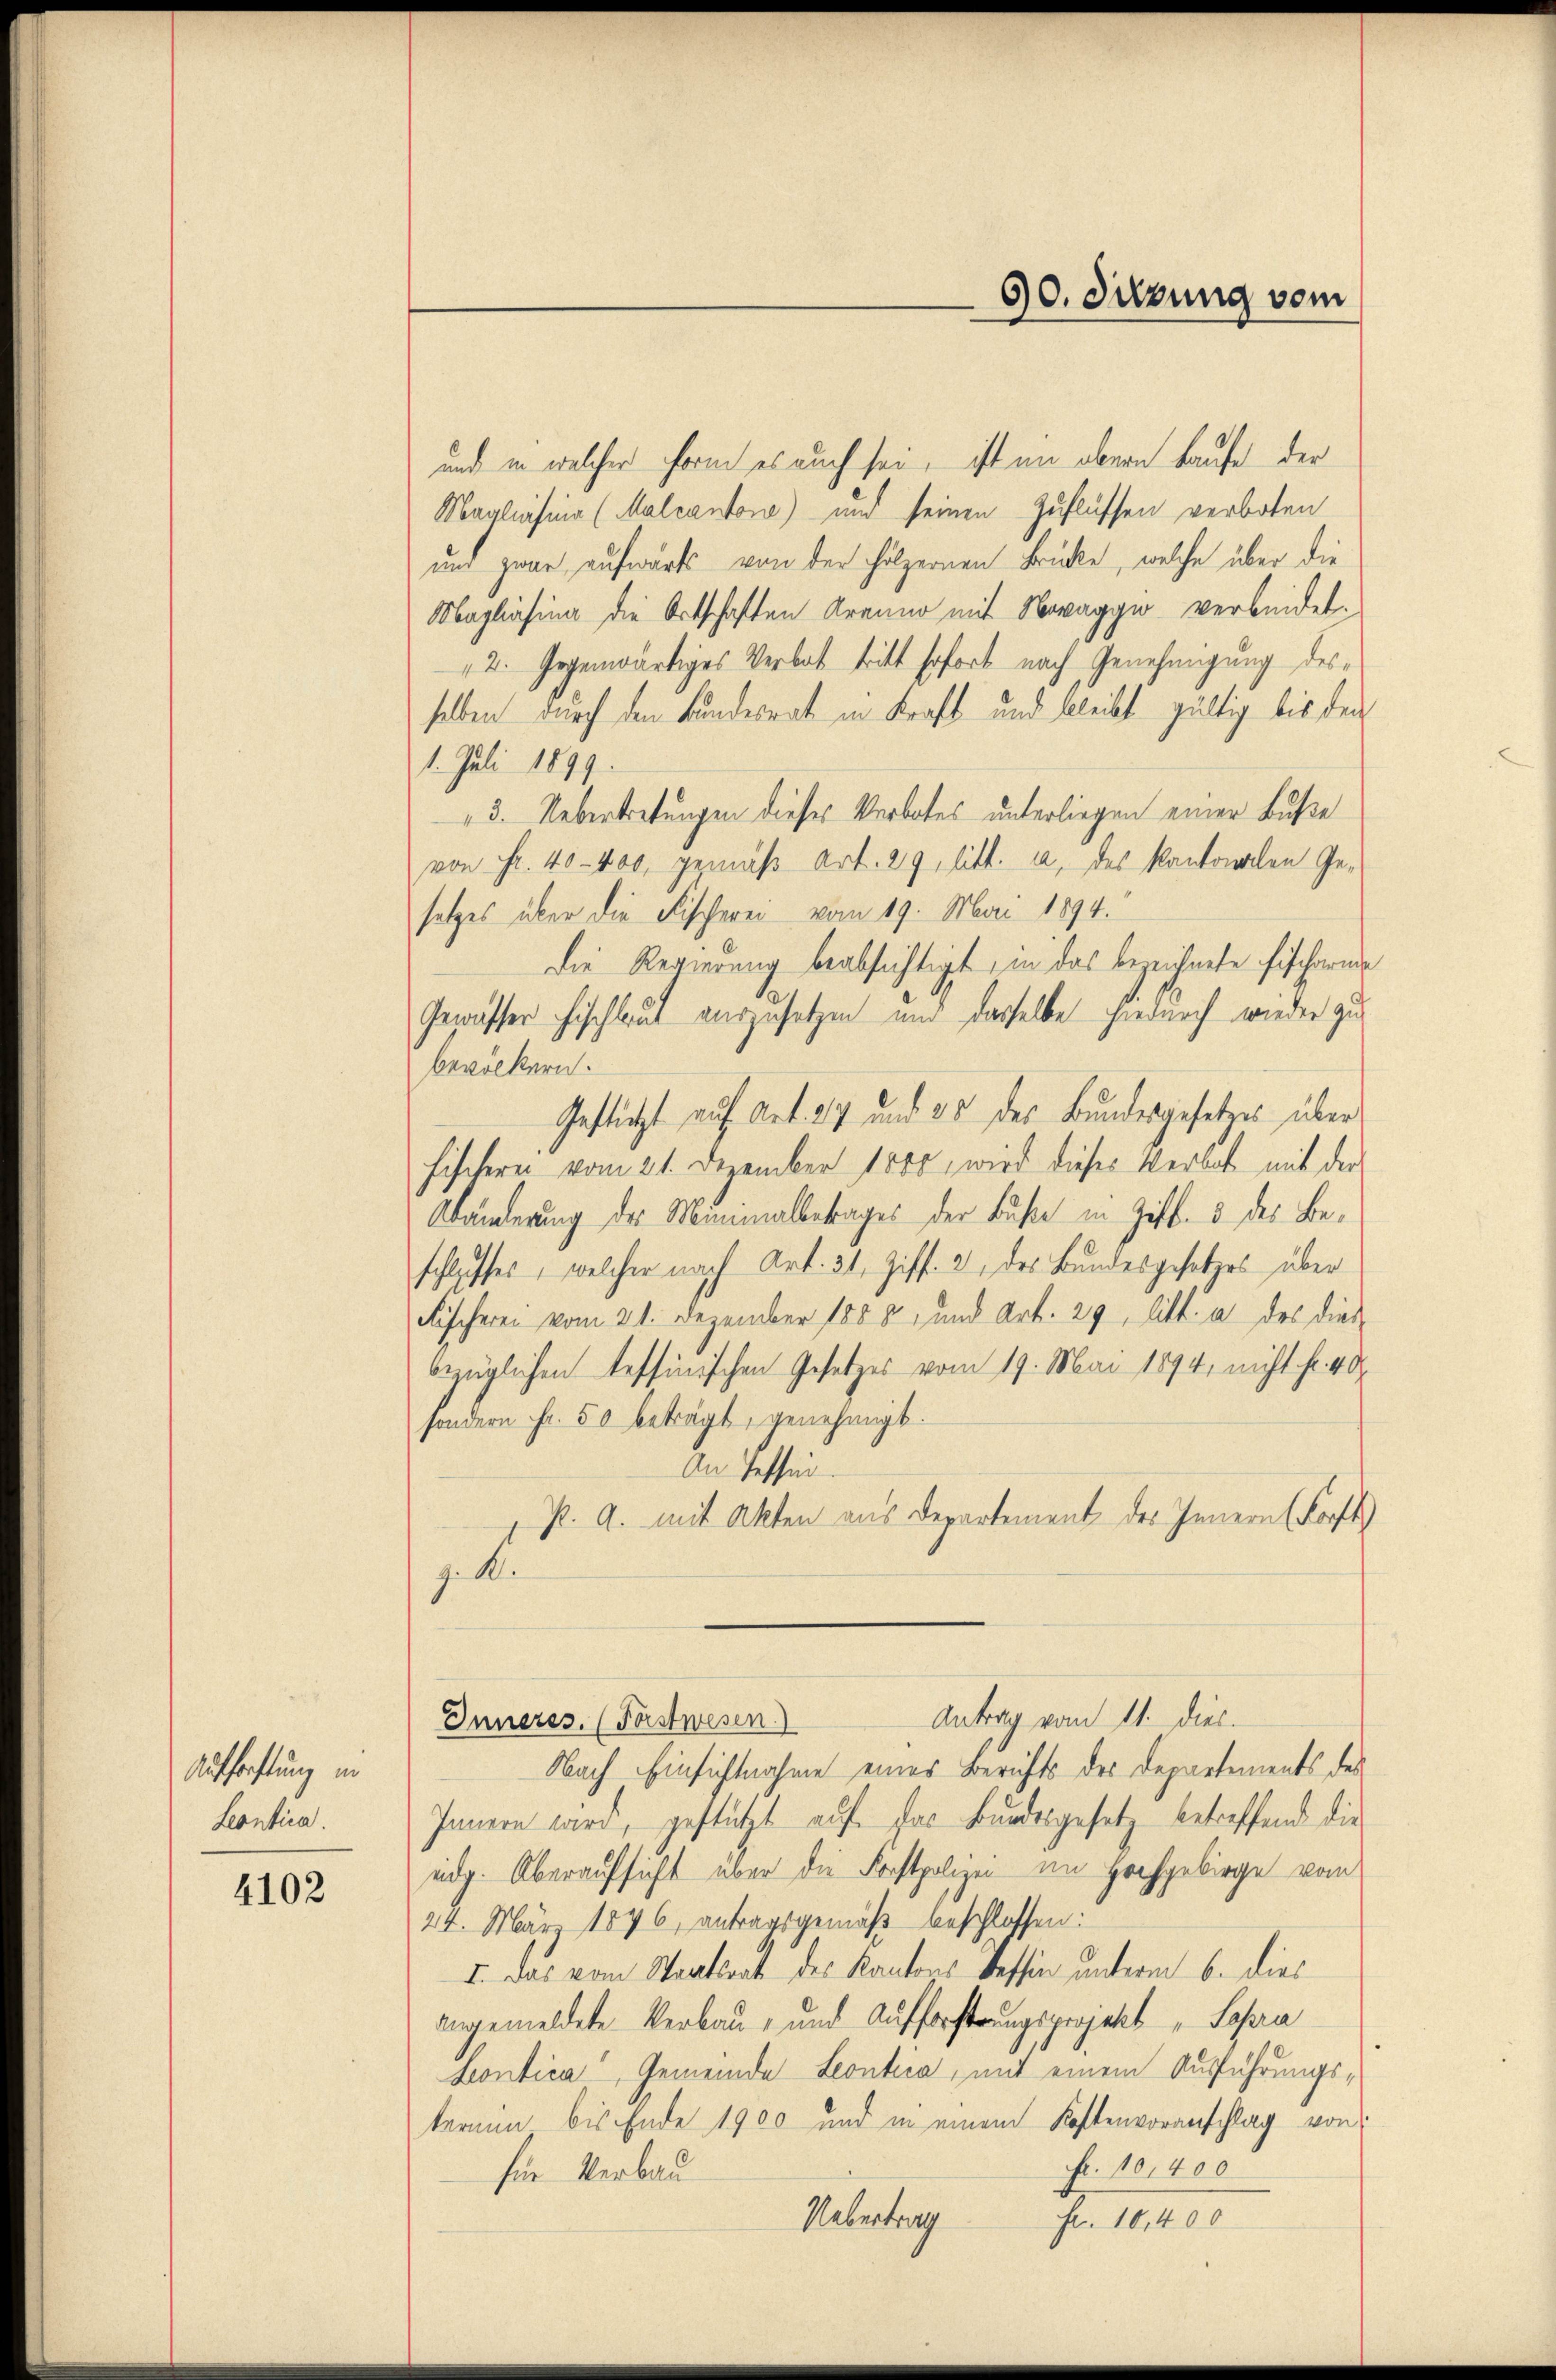
Auffachtung in
Leontica.

4102

und in welcher Form es auch sei, ist am obern Laufe der
Maglasina (Malcanton) und seinen Zuflüssen verboten
und zwar aufwärts von der hölzernen Brücke, welche über die
Maglasina die Ortschaften Aranno mit Novaggi verbendet.
2. Gegenwärtiges Verbat tritt sofort nach Genehmigung desselben durch den Bundesrat in Kraft und bleibt gültig bis den
1. Juli 1899.
3. Uebertretungen dieses Verbotes unterliegen einer Buße
von Fr. 40 - 400, gemäß Art. 29, litt. a, des Kantonalen Gesetzes über die Fischerei vom 19. Mai 1894.
Die Regierung beabsichtigt, in das bezeichnete Fischarne
Gewässer Fischlaut auszusetzen und dasselbe hiedurch wieder zubevölkern.
Gestützt auf Art. 27 und es des Bundesgesetzes über
Fischere vom 21. Dezember 1800, wird dieses Verbot mit der
Abänderung des Minimalbetrages der Buße in Ziff. 5 des Beschlosses, welcher nach Art. 31, Ziff. 2, des Bundesgesetzes über
Fischerei vom 21. Dezember 1858, und Art. 29 litt. a des dies
bezüglichen Tessinischen Gesetzes vom 19. Mai 1894, nicht fr. 40
sondern Fr. 50 beträgt, genehmigt.
An Tessin
P. a. mit Akten aus Departement des Innern (Forst
j. A
Antrag vom 11. dies
Inneres. (Forstwesen.
Nach Einsichtnahme eines Berichts des Departements des
Innern wird, gestützt auf das Bundesgeset, betreffend die
eidg. Überaufsicht über die Forstpolizen im Hochgebirge vom
24. März 1876, antragsgemäß beschlossen:
I. Das vom Staatsrat des Kantons Tessin, unterm 6. dies
anngemeldete Verbau- und Aufforsterungsprojekt "Sohra
kontica, Gemeinde Leontica, mit einem Ausführungskernen bis Ende 1900 und in einem Kostenvoranschlag von
Fr. 10,400
für Verbau
Uebertrag
Fr. 10,400

90. Sitzung vom